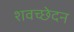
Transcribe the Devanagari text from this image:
शवच्छेदन